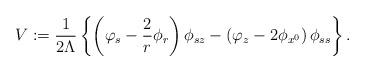
LaTeX: \begin{align*}V:=\frac{1}{2\Lambda}\left\{\left(\varphi_s-\frac{2}{r}\phi_r\right)\phi_{sz}-\left(\varphi_z-2\phi_{x^0}\right)\phi_{ss}\right\}.\end{align*}